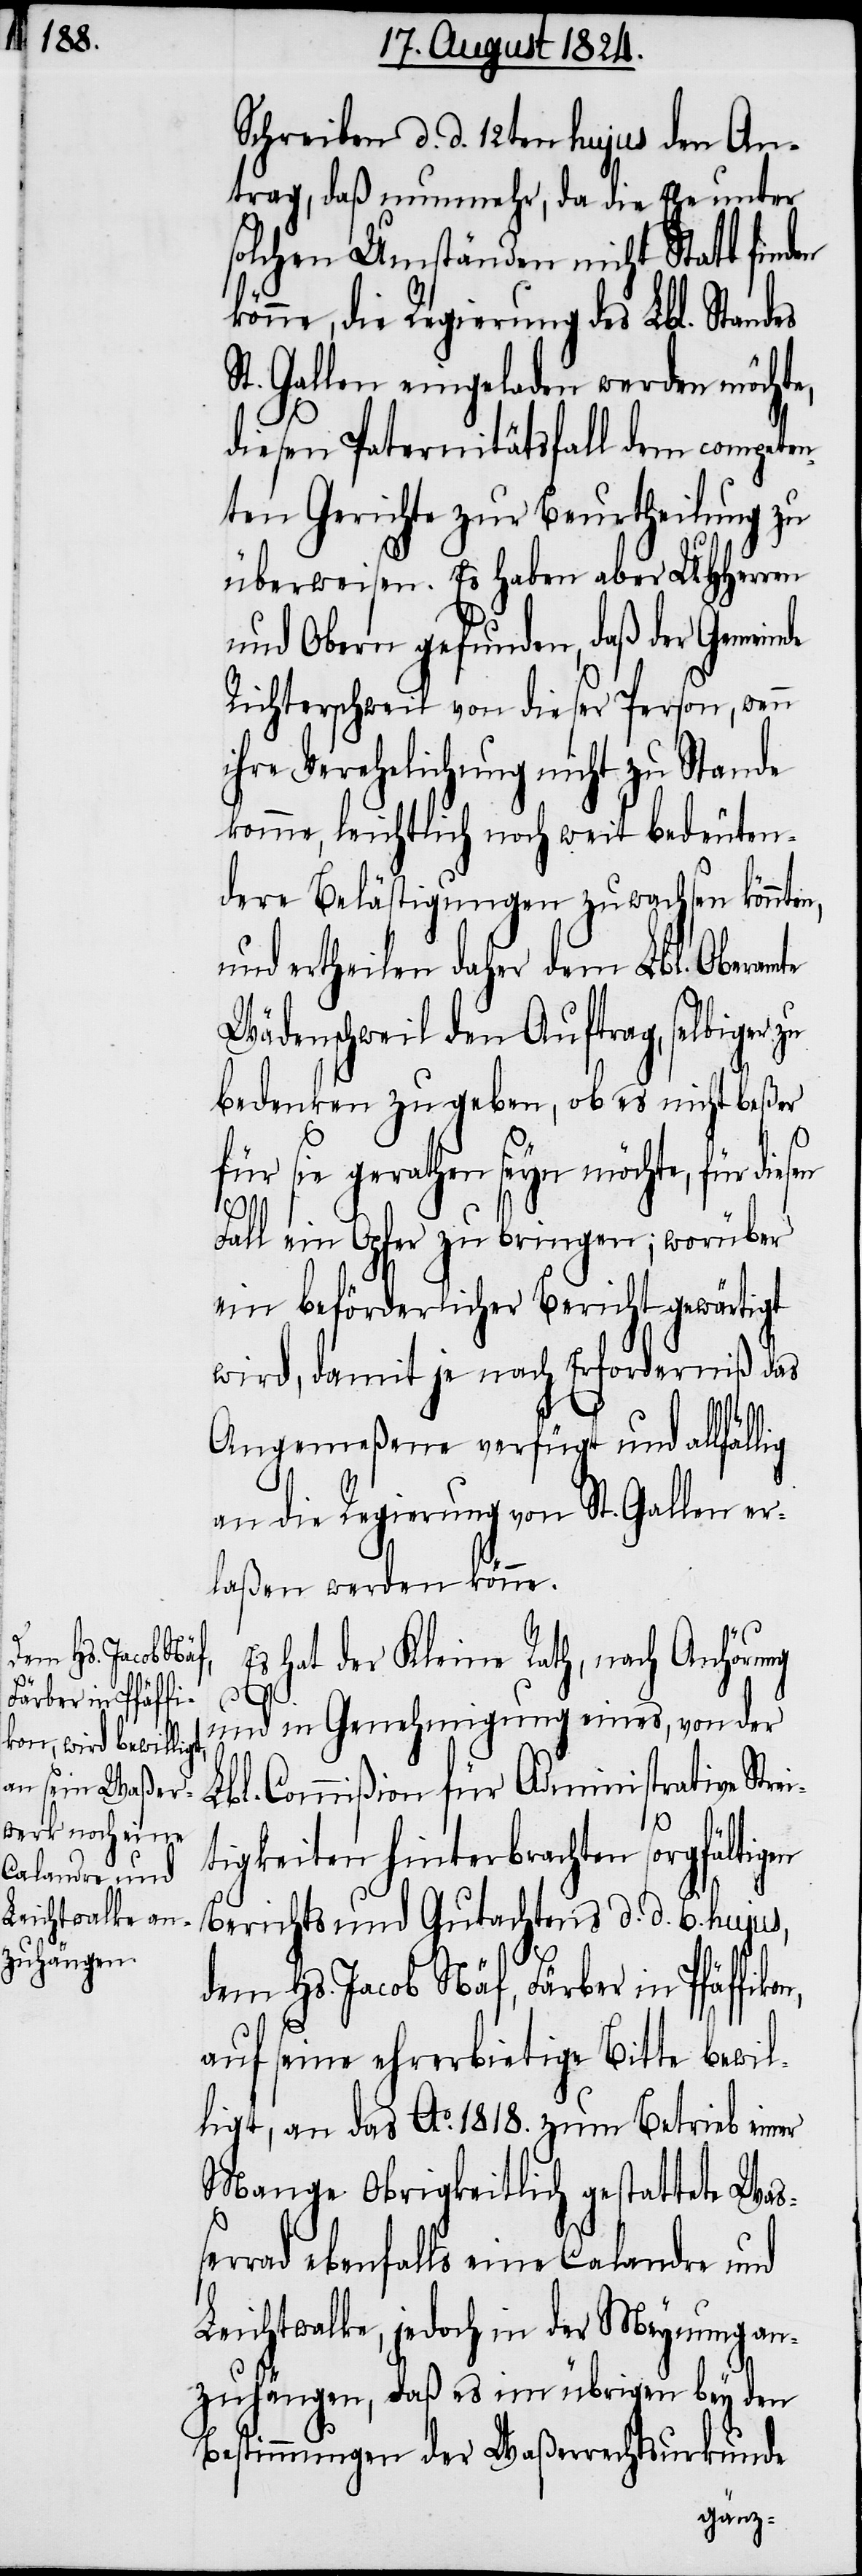
Schreiben d. d. 12ten hujus den An¬
trag, daß nunmehr, da die Ehe unter
solchen Umständen nicht Statt find¬
könne, die Regierung des Lbl. Standes
St. Gallen eingeladen werden möchte,
diesen Paternitätsfall dem competen¬
ten Gerichte zur Beurtheilung zu
überweisen. Es haben aber UHHerren
und Obern gefunden, daß der Gemeinde
Richterschweil von dieser Person, wenn
ihre Verehelichung nicht zu Stande
komme, leichtlich noch weit bedeuten¬
dere Belästigungen zuwachsen könnten,
und ertheilen daher dem Lbl. Oberamte
Wädenschweil den Auftrag, selbiger
bedenken zu geben, ob es nicht beßer
on,
für sie gerathen seyn möchte, für di¬
esen
Fall ein Opfer zu bringen; worüber
ein beförderlicher Bericht gewärtigt
wird, damit je nach Erforderniß das
Angemeßene verfügt und allfäl¬
an die Regierung St. Gallen er¬
laßen werden könne.
Es hat der Kleine Rath, nach Anhörung
und in Genehmigung eines, von der
Lbl. Commißion für Administrative Stre¬
tigkeiten hinterbrachten sorgfältigen
Berichts und Gutachtens d. d. 6. hujus,
dem Hs. Jacob Näf, Färber in Pfäffik¬
auf seine ehrerbietige Bitte bewil¬
ligt, an das Ao. 1818. zum Betrieb einer
Mange Obrigkeitlich gestattete Waß¬
errad ebenfalls eine Calandre und
Leichtwalke, jedoch in der Meynung an¬
zuhängen, daß es im übrigen bey den
Bestimmungen der Waßerrechtsurkunde